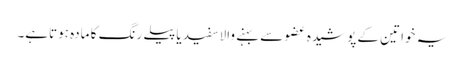
یہ خواتین کے پوشیدہ عضو سے بہنے والاسفید یاپیلے رنگ کا مادہ ہوتاہے۔